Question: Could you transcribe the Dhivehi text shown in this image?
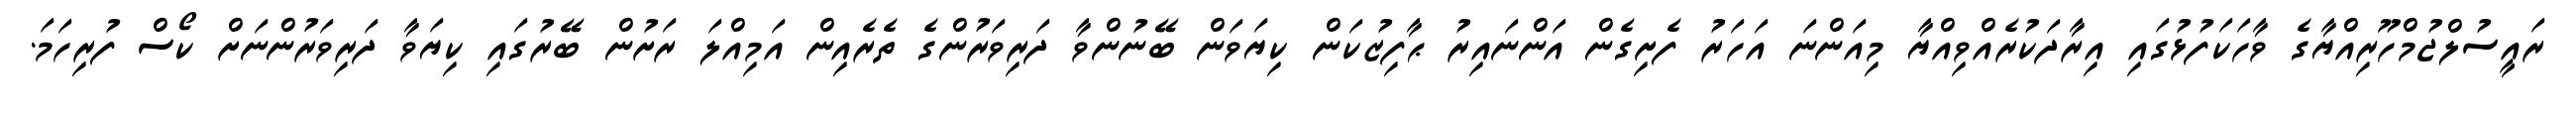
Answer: ރައީސުލްޖުމްހޫރިއްޔާގެ ވާހަކަފުޅުގައި އިރާދަކުރެއްވިއްޔާ މިއަންނަ އަހަރު ފެށިގެން އަންނައިރު ޙާފިޒުކަން ކިޔަވަން ބޭނުންވާ ދަރިވަރުންގެ ތެރެއިން އަމިއްލަ ރަށުން ބޭރުގައި ކިޔަވާ ދަރިވަރުންނަށް ކޯސް ފުރިހަމަ.